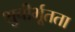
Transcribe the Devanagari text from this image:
शुचीर्भूतता